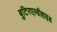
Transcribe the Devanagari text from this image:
बुटिरएल्डीहाइड